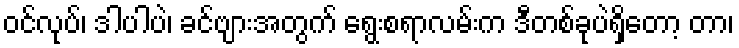
ဝင်လုပ်၊ ဒါပါပဲ၊ ခင်ဗျားအတွက် ရွေးစရာလမ်းက ဒီတစ်ခုပဲရှိတော့ တာ၊